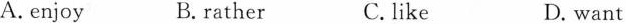
A.enjoy B.rather C. like D. want